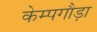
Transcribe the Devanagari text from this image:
केम्पगौड़ा